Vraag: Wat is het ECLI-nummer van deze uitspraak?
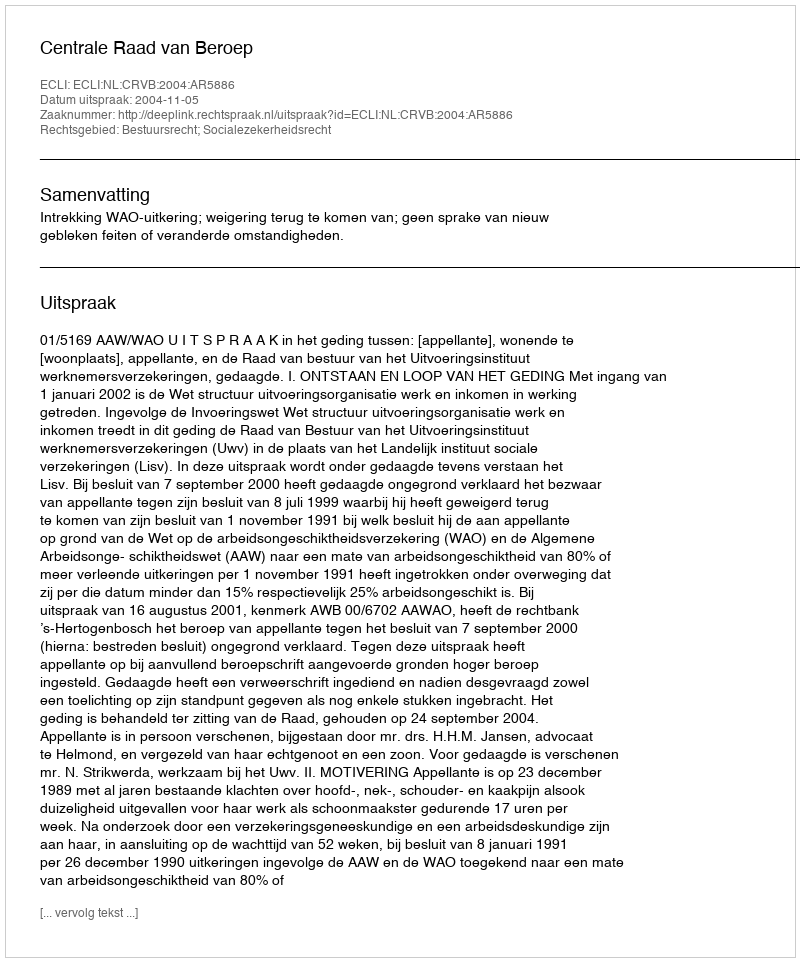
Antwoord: ECLI:NL:CRVB:2004:AR5886